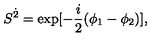
S ^ { \dot { 2 } } = \mathrm { e x p } [ - \frac { i } { 2 } ( \phi _ { 1 } - \phi _ { 2 } ) ] ,